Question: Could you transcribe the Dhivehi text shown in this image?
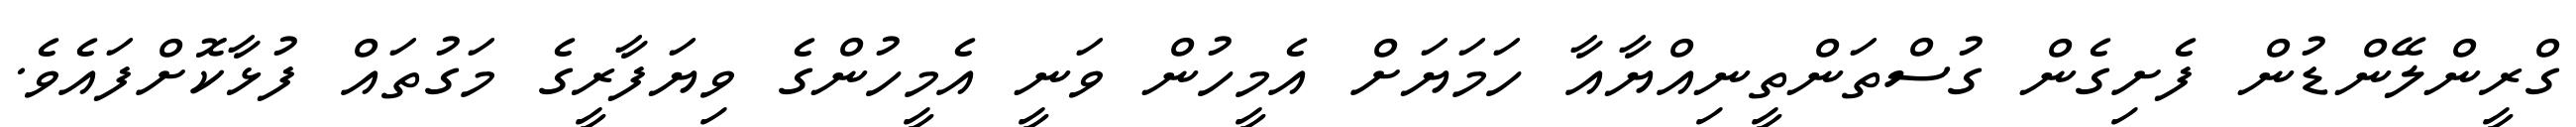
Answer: ގްރީންލޭންޑުން ފެށިގެން ގުސްތަންތީނިއްޔާއާ ހަމަޔަށް އެމީހުން ވަނީ އެމީހުންގެ ވިޔަފާރީގެ މަގުތައް ފުޅާކޮށްފައެވެ.